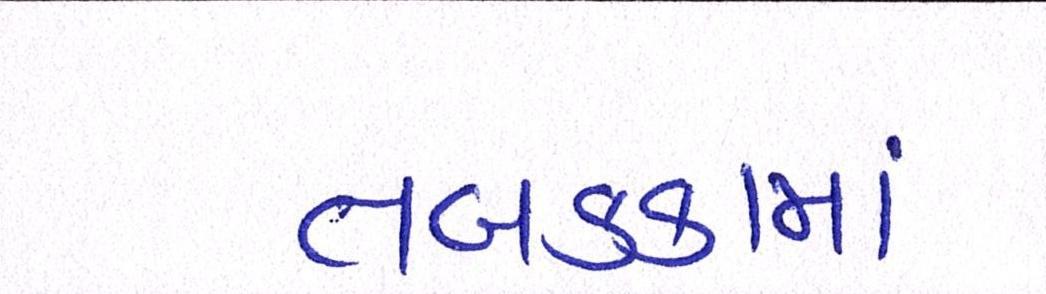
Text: તબકક્કામાં